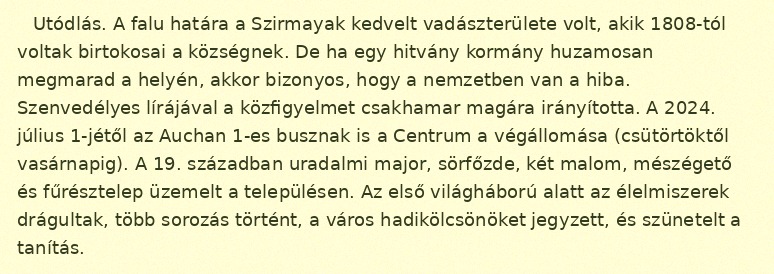
Utódlás. A falu határa a Szirmayak kedvelt vadászterülete volt, akik 1808-tól voltak birtokosai a községnek. De ha egy hitvány kormány huzamosan megmarad a helyén, akkor bizonyos, hogy a nemzetben van a hiba. Szenvedélyes lírájával a közfigyelmet csakhamar magára irányította. A 2024. július 1-jétől az Auchan 1-es busznak is a Centrum a végállomása (csütörtöktől vasárnapig). A 19. században uradalmi major, sörfőzde, két malom, mészégető és fűrésztelep üzemelt a településen. Az első világháború alatt az élelmiszerek drágultak, több sorozás történt, a város hadikölcsönöket jegyzett, és szünetelt a tanítás.